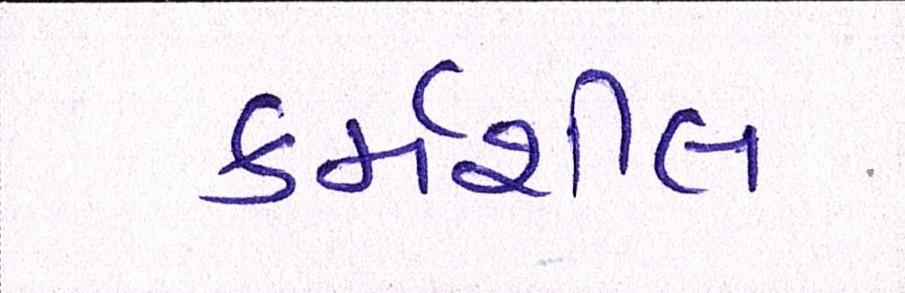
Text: કર્મશીલ